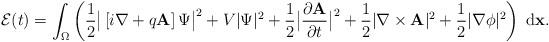
LaTeX: \begin{align*}\begin{array}{@{}l@{}}{\displaystyle \mathcal{E}(t) = \int_{\Omega}\left(\frac{1}{2}\big\vert \left[i\nabla + q\mathbf{A}\right]\Psi\big\vert^{2} + V|\Psi|^{2} + \frac{1}{2}\big|\frac{\partial \mathbf{A}}{\partial t}\big|^{2} + \frac{1}{2}|\nabla \times \mathbf{A}|^{2} + \frac{1}{2}|\nabla \phi|^{2} \right)\;\mathrm{d}\mathbf{x}. }\end{array}\end{align*}